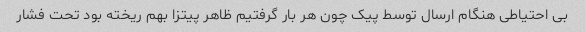
بی احتیاطی هنگام ارسال توسط پیک چون هر بار گرفتیم ظاهر پیتزا بهم ریخته بود تحت فشار